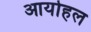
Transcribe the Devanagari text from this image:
आयोहल